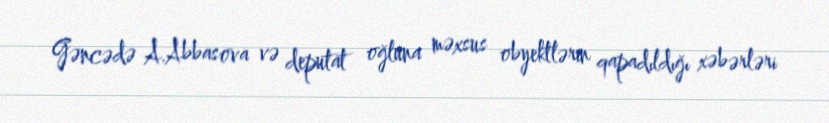
Gəncədə A.Abbasova və deputat oğluna məxsus obyektlərin qapadıldığı xəbərləri